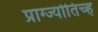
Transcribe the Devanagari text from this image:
प्राग्ज्योतिच्ह